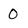
Character: O